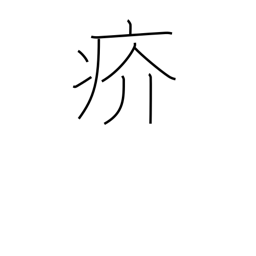
Meaning: scabby eruption